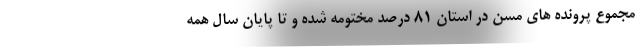
مجموع پرونده های مسن در استان 81 درصد مختومه شده و تا پایان سال همه